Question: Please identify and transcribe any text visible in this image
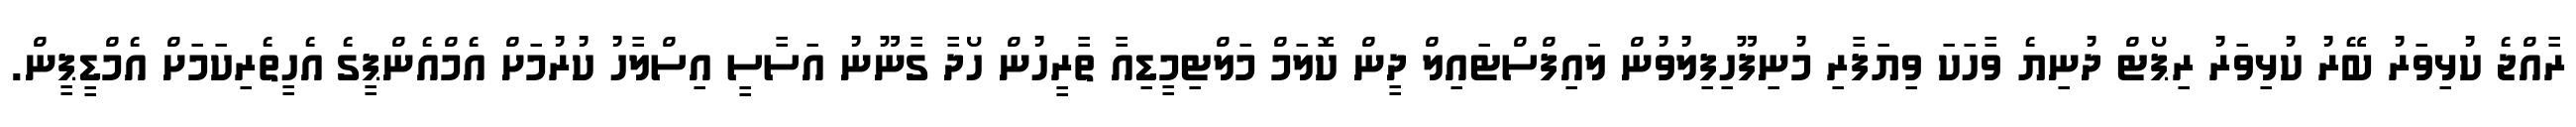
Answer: ރާއްޖެ ކުޅިވަރު ބޭރު ކުޅިވަރު ރިޕޯޓް ދުނިޔެ ވާހަކަ ވިޔަފާރި މުނިފޫހިފިލުވުން ލައިފްސްޓައިލް ދީން ކޮލަމް މަލްޓިމީޑިއާ ތާރީހުން ހޯދާ ގާނޫނު އަސާސީ އިސްލާހު ކުރުމަށް އެމްއެންޕީގެ އެހީތެރިކަމަށް އެމްޑީޕީން.